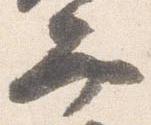
弁